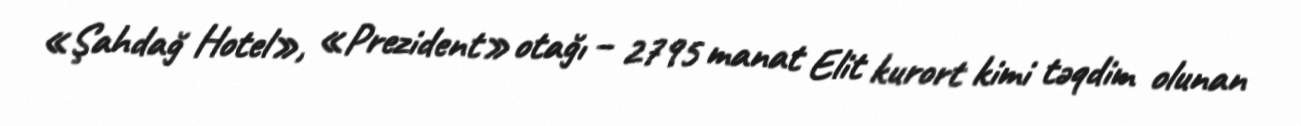
«Şahdağ Hotel», «Prezident» otağı – 2795 manat Elit kurort kimi təqdim olunan